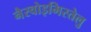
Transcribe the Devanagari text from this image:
नैस्वोइमिस्तेलु